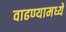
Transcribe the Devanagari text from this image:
वाढण्यामध्ये